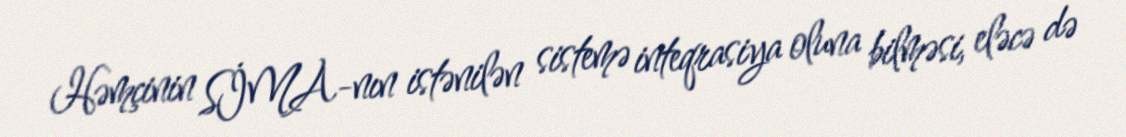
Həmçinin SİMA-nın istənilən sistemə inteqrasiya oluna bilməsi, eləcə də